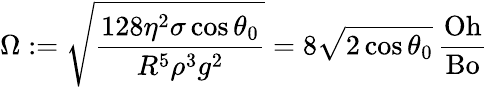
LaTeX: \Omega:=\sqrt{\frac{128\eta^{2}\sigma\cos\theta_{0}}{R^{5}\rho^{3}g^{2}}}=8\sqrt{2\cos\theta_{0}}\, \frac{\mathrm{Oh}}{\mathrm{Bo}}